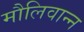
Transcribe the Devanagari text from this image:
मौलिवान्न